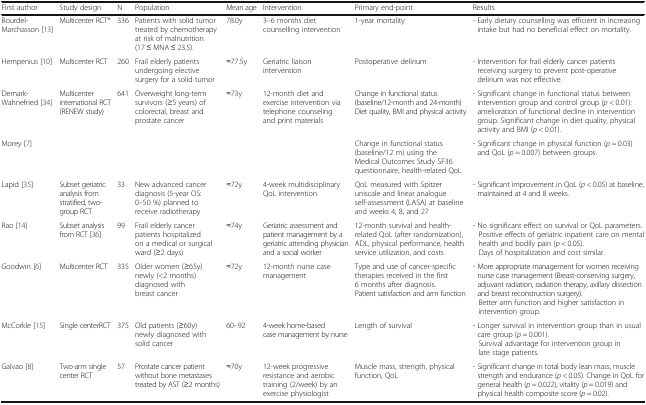
<table><thead><tr><td><b>First author</b></td><td><b>Study design</b></td><td><b>N</b></td><td><b>Population</b></td><td><b>Mean age</b></td><td><b>Intervention</b></td><td><b>Primary end-point</b></td><td><b>Results</b></td></tr></thead><tbody><tr><td>Bourdel-Marchasson [13]</td><td>Multicenter RCT*</td><td>336</td><td>Patients with solid tumor treated by chemotherapy at risk of malnutrition (17 ≤ MNA ≤ 23.5).</td><td>78.0y</td><td>3–6 months diet counselling intervention</td><td>1-year mortality</td><td>- Early dietary counselling was efficient in increasing intake but had no beneficial effect on mortality.</td></tr><tr><td>Hempenius [10]</td><td>Multicenter RCT</td><td>260</td><td>Frail elderly patients undergoing elective surgery for a solid tumor</td><td>≈77.5y</td><td>Geriatric liaison intervention</td><td>Postoperative delirium</td><td>- Intervention for frail elderly cancer patients receiving surgery to prevent post-operative delirium was not effective.</td></tr><tr><td>Demark-Wahnefried [34]</td><td rowspan="2">Multicenter international RCT (RENEW study)</td><td rowspan="2">641</td><td rowspan="2">Overweight long-term survivors (≥5 years) of colorectal, breast and prostate cancer</td><td rowspan="2">≈73y</td><td rowspan="2">12-month diet and exercise intervention via telephone counseling and print materials</td><td>Change in functional status (baseline/12-month and 24-month)Diet quality, BMI and physical activity</td><td>- Significant change in functional status between intervention group and control group (<i>p</i> &lt; 0.01): amelioration of functional decline in intervention group. Significant change in diet quality, physical activity and BMI (<i>p</i> &lt; 0.01).</td></tr><tr><td>Morey [7]</td><td>Change in functional status (baseline/12 m) using the Medical Outcomes Study SF36 questionnaire, health-related QoL</td><td>- Significant change in physical function (<i>p</i> = 0.03) and QoL (<i>p</i> = 0.007) between groups.</td></tr><tr><td>Lapid [35]</td><td>Subset geriatric analysis from stratified, two-group RCT</td><td>33</td><td>New advanced cancer diagnosis (5-year OS: 0–50 %) planned to receive radiotherapy</td><td>≈72y</td><td>4-week multidisciplinary QoL intervention</td><td>QoL measured with Spitzer uniscale and linear analogue self-assessment (LASA) at baseline and weeks 4, 8, and 27</td><td>- Significant improvement in QoL (<i>p</i> &lt; 0.05) at baseline, maintained at 4 and 8 weeks.</td></tr><tr><td>Rao [14]</td><td>Subset analysis from RCT [36]</td><td>99</td><td>Frail elderly cancer patients hospitalized on a medical or surgical ward (≥2 days)</td><td>≈74y</td><td>Geriatric assessment and patient management by a geriatric attending physician and a social worker</td><td>12-month survival and health-related QoL (after randomization), ADL, physical performance, health service utilization, and costs</td><td>- No significant effect on survival or QoL parameters.Positive effects of geriatric inpatient care on mental health and bodily pain (<i>p</i> &lt; 0.05).Days of hospitalization and cost similar.</td></tr><tr><td>Goodwin [6]</td><td>Multicenter RCT</td><td>335</td><td>Older women (≥65y) newly (&lt;2 months) diagnosed with breast cancer</td><td>≈72y</td><td>12-month nurse case management</td><td>Type and use of cancer-specific therapies received in the first 6 months after diagnosis.Patient satisfaction and arm function</td><td>- More appropriate management for women receiving nurse case management (Breast-conserving surgery, adjuvant radiation, radiation therapy, axillary dissection and breast reconstruction surgery).Better arm function and higher satisfaction in intervention group.</td></tr><tr><td>McCorkle [15]</td><td>Single centerRCT</td><td>375</td><td>Old patients (≥60y) newly diagnosed with solid cancer</td><td>60–92</td><td>4-week home-based case management by nurse</td><td>Length of survival</td><td>- Longer survival in intervention group than in usual care group (<i>p</i> = 0.001).Survival advantage for intervention group in late stage patients.</td></tr><tr><td>Galvao [8]</td><td>Two-arm single center RCT</td><td>57</td><td>Prostate cancer patient without bone metastases treated by AST (≥2 months)</td><td>≈70y</td><td>12-week progressive resistance and aerobic training (2/week) by an exercise physiologist</td><td>Muscle mass, strength, physical function, QoL</td><td>- Significant change in total body lean mass, muscle strength and endurance (<i>p</i> &lt; 0.05). Change in QoL for general health (<i>p</i> = 0.022), vitality (<i>p</i> = 0.019) and physical health composite score (<i>p</i> = 0.02).</td></tr></tbody></table>